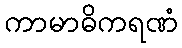
ကာမာဓိကရဏံ